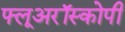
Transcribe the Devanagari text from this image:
फ्लूअरॉस्कोपी